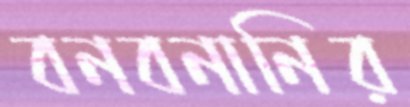
বনবনানির